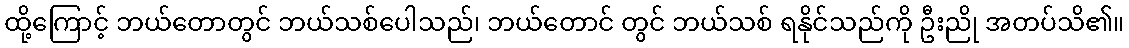
ထို့ကြောင့် ဘယ်တောတွင် ဘယ်သစ်ပေါသည်၊ ဘယ်တောင် တွင် ဘယ်သစ် ရနိုင်သည်ကို ဦးညို အတပ်သိ၏။